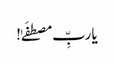
یا ربِّ مصطفَےٰ!